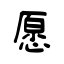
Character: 愿